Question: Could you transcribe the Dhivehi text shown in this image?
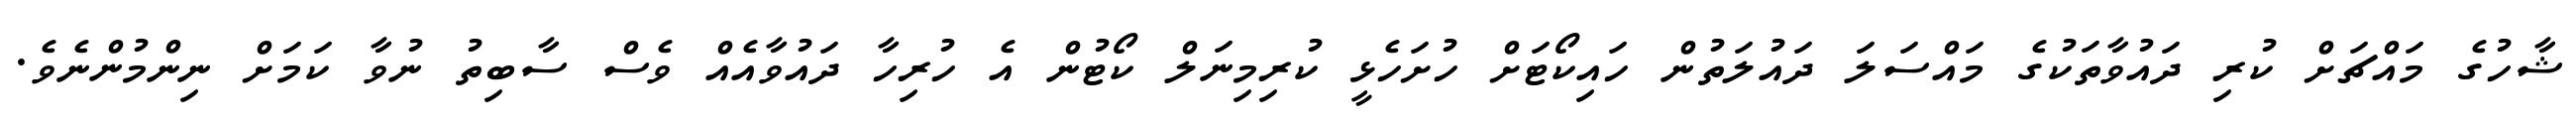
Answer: ޝާހުގެ މައްޗަށް ކުރި ދައުވާތަކުގެ މައްސަލަ ދައުލަތުން ހައިކޯޓަށް ހުށަހެޅީ ކުރިމިނަލް ކޯޓުން އެ ހުރިހާ ދައުވާއެއް ވެސް ސާބިތު ނުވާ ކަމަށް ނިންމުންނެވެ.